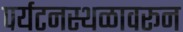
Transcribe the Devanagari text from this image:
पर्यटनस्थळावरून